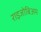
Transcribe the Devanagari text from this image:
राइजोबिअम